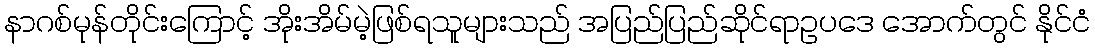
နာဂစ်မုန်တိုင်းကြောင့် အိုးအိမ်မဲ့ဖြစ်ရသူများသည် အပြည်ပြည်ဆိုင်ရာဥပဒေ အောက်တွင် နိုင်ငံ